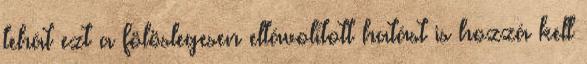
tehát ezt a fölöslegesen eltávolított hatást is hozzá kell